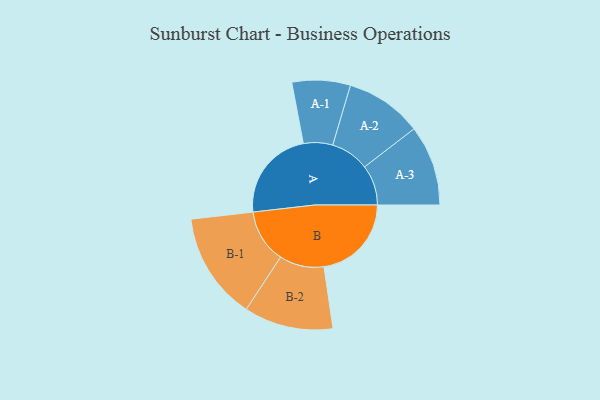
{"axis": {"x": "Segment", "y": "Value"}, "legend": ["", "A", "B"], "data": [{"x": "A", "y": 315, "type": ""}, {"x": "B", "y": 300, "type": ""}, {"x": "A-1", "y": 100, "type": "A"}, {"x": "A-2", "y": 132, "type": "A"}, {"x": "A-3", "y": 138, "type": "A"}, {"x": "B-1", "y": 184, "type": "B"}, {"x": "B-2", "y": 153, "type": "B"}]}